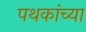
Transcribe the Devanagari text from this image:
पथकांच्या